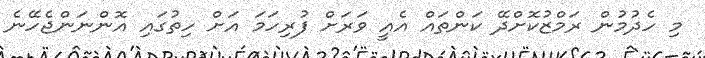
މި ހެދުމުން ރަމްޒުކޮށްދޭ ކަންތައް އެއީ ވަރަށް ފުރިހަމަ އަށް ހިތުގައި އޮންނަންޖެހޭނެ